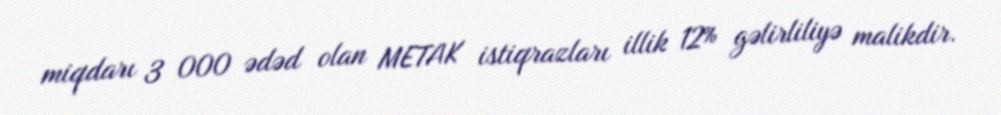
miqdarı 3 000 ədəd olan METAK istiqrazları illik 12% gəlirliliyə malikdir.